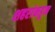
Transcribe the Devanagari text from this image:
शहरांकडून